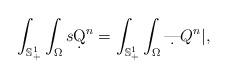
LaTeX: \begin{align*} \int_{\mathbb{S}_+^1}\int_\Omega s \d Q^n = \int_{\mathbb{S}_+^1}\int_\Omega \d |Q^n|,\end{align*}